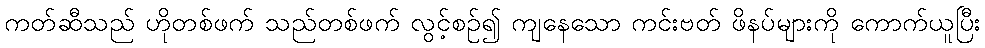
ကတ်ဆီသည် ဟိုတစ်ဖက် သည်တစ်ဖက် လွင့်စဉ်၍ ကျနေသော ကင်းဗတ် ဖိနပ်များကို ကောက်ယူပြီး